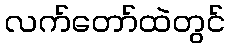
လက်တော်ထဲတွင်